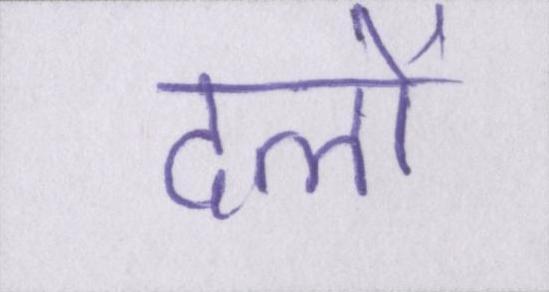
दलों